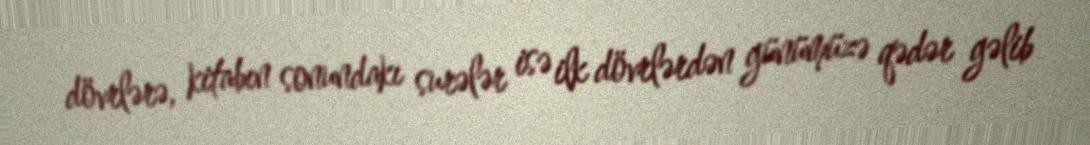
dövrlərə, kitabın sonundakı surələr isə ilk dövrlərdən günümüzə qədər gəlib